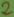
Text: 2